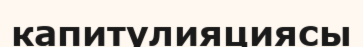
капитулияциясы